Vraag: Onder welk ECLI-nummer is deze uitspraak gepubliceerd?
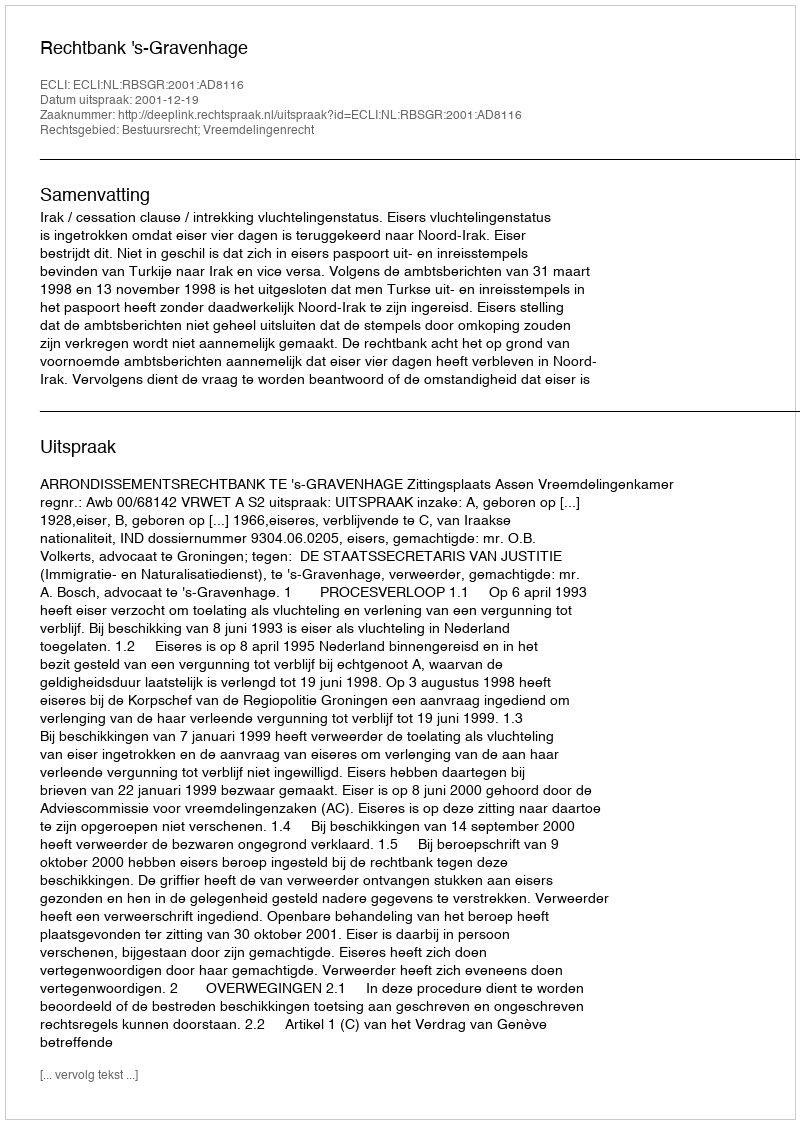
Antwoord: ECLI:NL:RBSGR:2001:AD8116